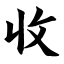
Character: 收